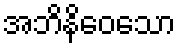
အဘိနိဝေသော